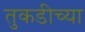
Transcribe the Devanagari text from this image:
तुकडीच्या